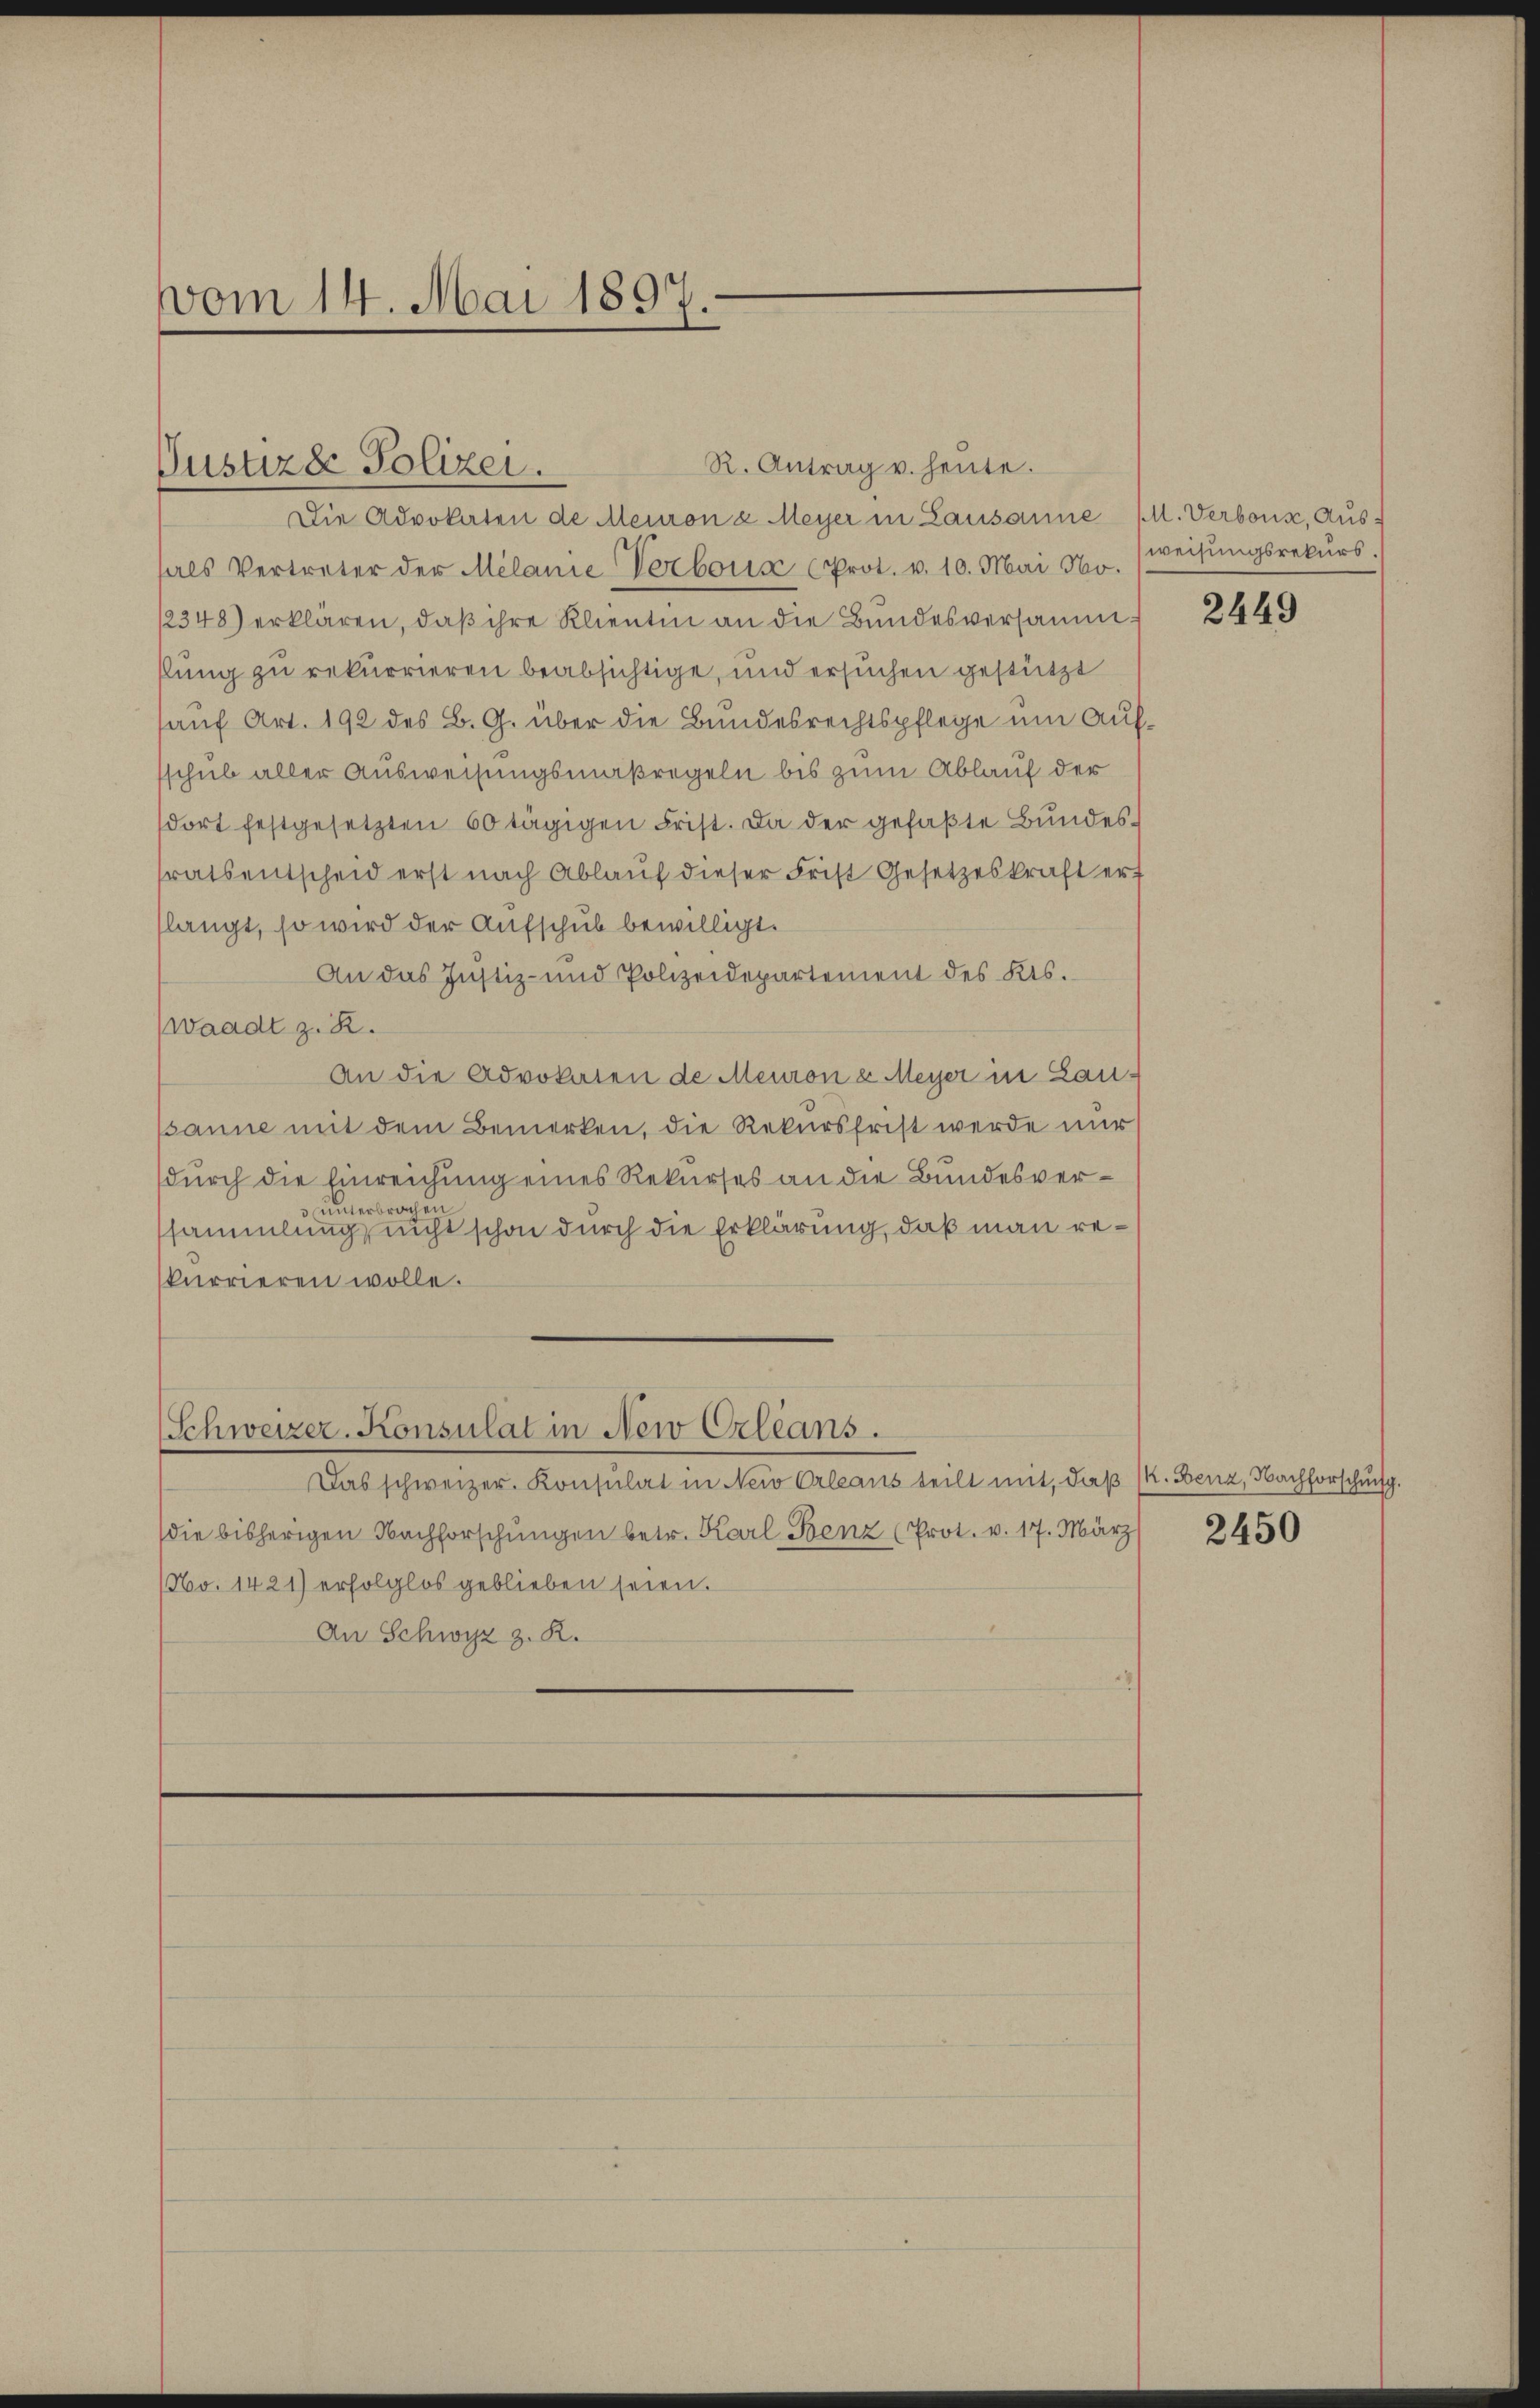
vom 14. Mai 1897.

Vustizde Polizei.

Die Advokaten de Meuron a Meyer in Lausanne (1. Verbons, Aus-
hals Vertreter der Melanie Verbous (Prot. v. 10. Mai 180.
/2348) erklären, daß ihre Klientin an die Bundesversamm
kung zu rekurrieren beabsichtige, und ersuchen gestützt
auf Art. 192 des B. G. über die Bundesrechtspflege um Aufsschub aller Ausweisungsmaßregeln bis zum Ablauf der
dort festgesetzten 60 tägigen Frist. Da der gefaßte Bundes-
trats entscheid erst nach Ablauf dieser Frist Gesetzeskraft erf
langt, so wird der Aufschub bewilligt.
An das Justiz- und Polizeidepartement des Kts.
waadt z. R.
An die Advokaten de Meuron & Meyer in Laupanne mit dem Bemerken, die Rekursfrist werde nur
durch die Einreichung eines Rekurses an die Bundesver¬
3 unterbrochen
ssammlung nicht schon durch die Erklärung, daß man rekurrieren wolle.

R. Antrag u. heute.

Schweizer-Konsulat in New Orleans.

Das schweizer. Konsulat in Newo Orleans teilt mit, daβ (k. Benz, Nachforschusg.
die bisherigen Nachforschungen betr. Karl Benz (Prot. v. 17. März
(No. 1421) erfolglos geblieben seien.
An Schwyz z. R.

weisungsrekurs.

2449

2450